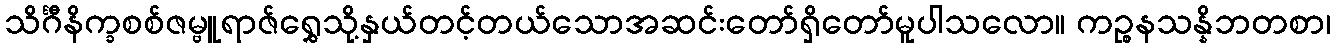
သိင်္ဂီနိက္ခစစ်ဇမ္ဗူရာဇ်ရွှေသို့နှယ်တင့်တယ်သောအဆင်းတော်ရှိတော်မူပါသလော။ ကဉ္စနသန္နိဘတစာ၊